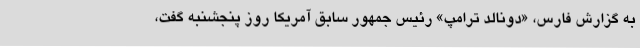
به گزارش فارس، «دونالد ترامپ» رئیس جمهور سابق آمریکا روز پنجشنبه گفت،